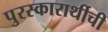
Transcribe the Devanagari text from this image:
पुरस्कारार्थीची